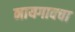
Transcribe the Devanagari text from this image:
नायगावचा